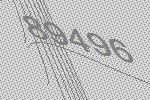
89496